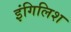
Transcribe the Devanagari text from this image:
इंगिलिश